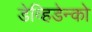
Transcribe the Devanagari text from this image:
डेव्हिडेन्को